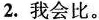
2.我会比。